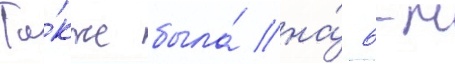
Та́кже была́ на́ 6-м